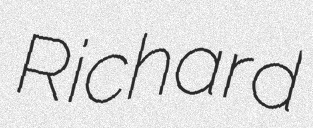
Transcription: Richard